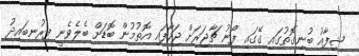
ޝިފާއު ބުނިގޮތުގައި ގޭގައި ފޯނު ޗާޖަރަށް ޖަހާފައި އޮތުމުން ބޮޑަށް ބެލެެވެނީ ފިރުނބައިދު